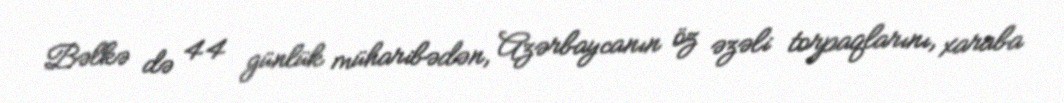
Bəlkə də 44 günlük müharibədən, Azərbaycanın öz əzəli torpaqlarını, xaraba